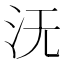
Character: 𣲘